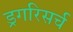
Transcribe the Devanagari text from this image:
ड्रगरिसर्च